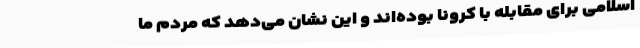
اسلامی برای مقابله با کرونا بوده‌اند و این نشان می‌دهد که مردم ما